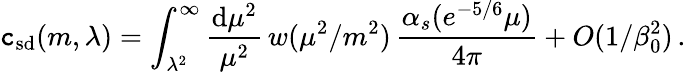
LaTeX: \mathtt{c}_{\mathrm{{sd}}}(m,\lambda)=\int_{\lambda^{2}}^{\infty}\frac{{\mathrm{{d}}\mu^{2}}}{{\mu^{2}}}\, w(\mu^{2}/m^{2})\, \frac{{\alpha_{s}(e^{-5/6}\mu)}}{{4\pi}}+O(1/\beta_{0}^{2})\, .